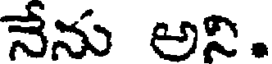
నేను అని.